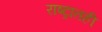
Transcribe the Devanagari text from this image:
राष्ट्रातही